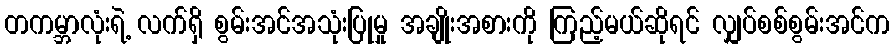
တကမ္ဘာလုံးရဲ့ လက်ရှိ စွမ်းအင်အသုံးပြုမှု အချိုးအစားကို ကြည့်မယ်ဆိုရင် လျှပ်စစ်စွမ်းအင်က